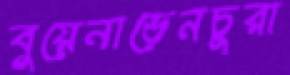
বুয়েনাভেনচুরা